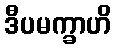
ဒီပမက္ခာဟိ